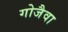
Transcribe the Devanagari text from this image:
गोजैवा